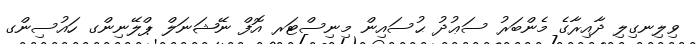
ވިލިނގިލި ދާއިރާގެ މެންބަރު ސަޢުދު ޙުސައިން މިނިސްޓަރ އޮފް ނޭޝަނަލް ޕްލޭނިންގ ހައުސިންގ